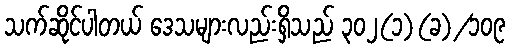
သက်ဆိုင်ပါတယ် ဒေသများလည်းရှိသည် ၃၀၂(၁)(ခ)/၁၀၉